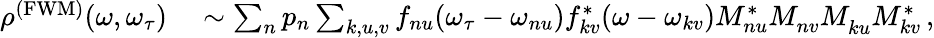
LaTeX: \begin{array}{rl}{\rho^{\mathrm{(FWM)}}(\omega,\omega_{\tau})}&{{}\sim\sum_{n}p_{n}\sum_{k,u,v}f_{nu}(\omega_{\tau}-\omega_{nu})f_{kv}^{*}(\omega-\omega_{kv})M_{nu}^{*}M_{nv}^{}M_{ku}^{}M_{kv}^{*}\, ,}\end{array}